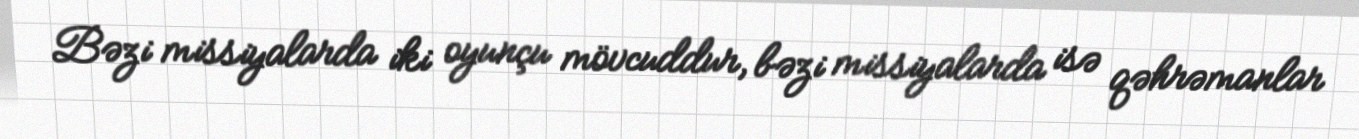
Bəzi missiyalarda iki oyunçu mövcuddur, bəzi missiyalarda isə qəhrəmanlar